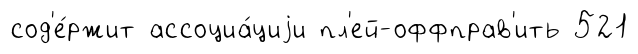
сод'е́ржит ассоциа́циjи пл'ей-оффправ'ить 521